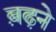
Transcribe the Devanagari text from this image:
ब़ढ़ने